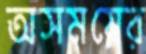
অসময়ের